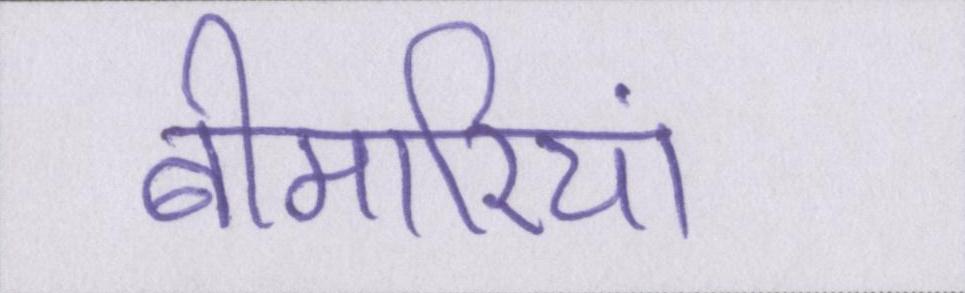
बीमारियां